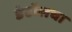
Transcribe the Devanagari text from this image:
डेटॉलचा